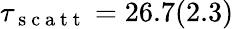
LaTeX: \tau_{\mathrm{~s~c~a~t~t~}}=26.7(2.3)